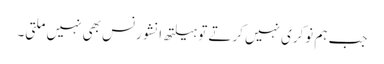
جب ہم نوکری نہیں کرتے تو ہیلتھ انشورنس بھی نہیں‌ملتی۔